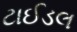
ટાઈડલ